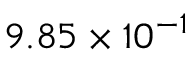
9 . 8 5 \times 1 0 ^ { - 1 }